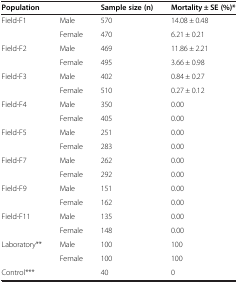
| <COLSPAN=2> Population | Sample size (n) | Mortality ± SE (%)* |
 | --- | --- | --- | --- |
 | <ROWSPAN=2> Field-F1 | Male | 570 | 14.08 ± 0.48 |
 | Female | 470 | 6.21 ± 0.21 |
 | <ROWSPAN=2> Field-F2 | Male | 469 | 11.86 ± 2.21 |
 | Female | 495 | 3.66 ± 0.98 |
 | <ROWSPAN=2> Field-F3 | Male | 402 | 0.84 ± 0.27 |
 | Female | 510 | 0.27 ± 0.12 |
 | <ROWSPAN=2> Field-F4 | Male | 350 | 0.00 |
 | Female | 405 | 0.00 |
 | <ROWSPAN=2> Field-F5 | Male | 251 | 0.00 |
 | Female | 283 | 0.00 |
 | <ROWSPAN=2> Field-F7 | Male | 262 | 0.00 |
 | Female | 292 | 0.00 |
 | <ROWSPAN=2> Field-F9 | Male | 151 | 0.00 |
 | Female | 162 | 0.00 |
 | <ROWSPAN=2> Field-F11 | Male | 135 | 0.00 |
 | Female | 148 | 0.00 |
 | <ROWSPAN=2> Laboratory** | Male | 100 | 100 |
 | Female | 100 | 100 |
 | Control*** |  | 40 | 0 |